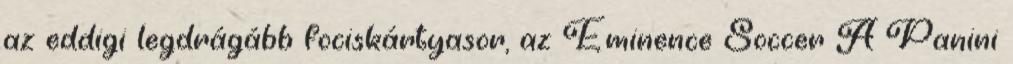
az eddigi legdrágább fociskártyasor, az Eminence Soccer A Panini